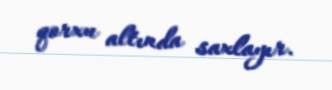
qorxu altında saxlayır.